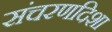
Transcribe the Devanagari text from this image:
संचरणदिशा